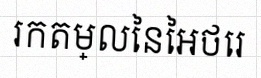
រកតម្លៃនៃអថេរ